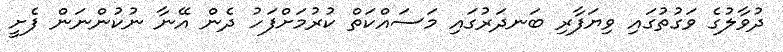
ދުވާލުގެ ވަގުތުގައި ވިޔަފާރި ބަނދަރުގައި މަސައްކަތް ކުރުމަށްފަހު ދެން އޭނާ ނުކުންނަން ފެށީ